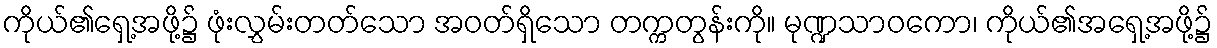
ကိုယ်၏ရှေ့အဖို့၌ ဖုံးလွှမ်းတတ်သော အဝတ်ရှိသော တက္ကတွန်းကို။ မုဏ္ဍသာဝကော၊ ကိုယ်၏အရှေ့အဖို့၌